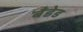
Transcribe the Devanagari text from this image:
बँडेड